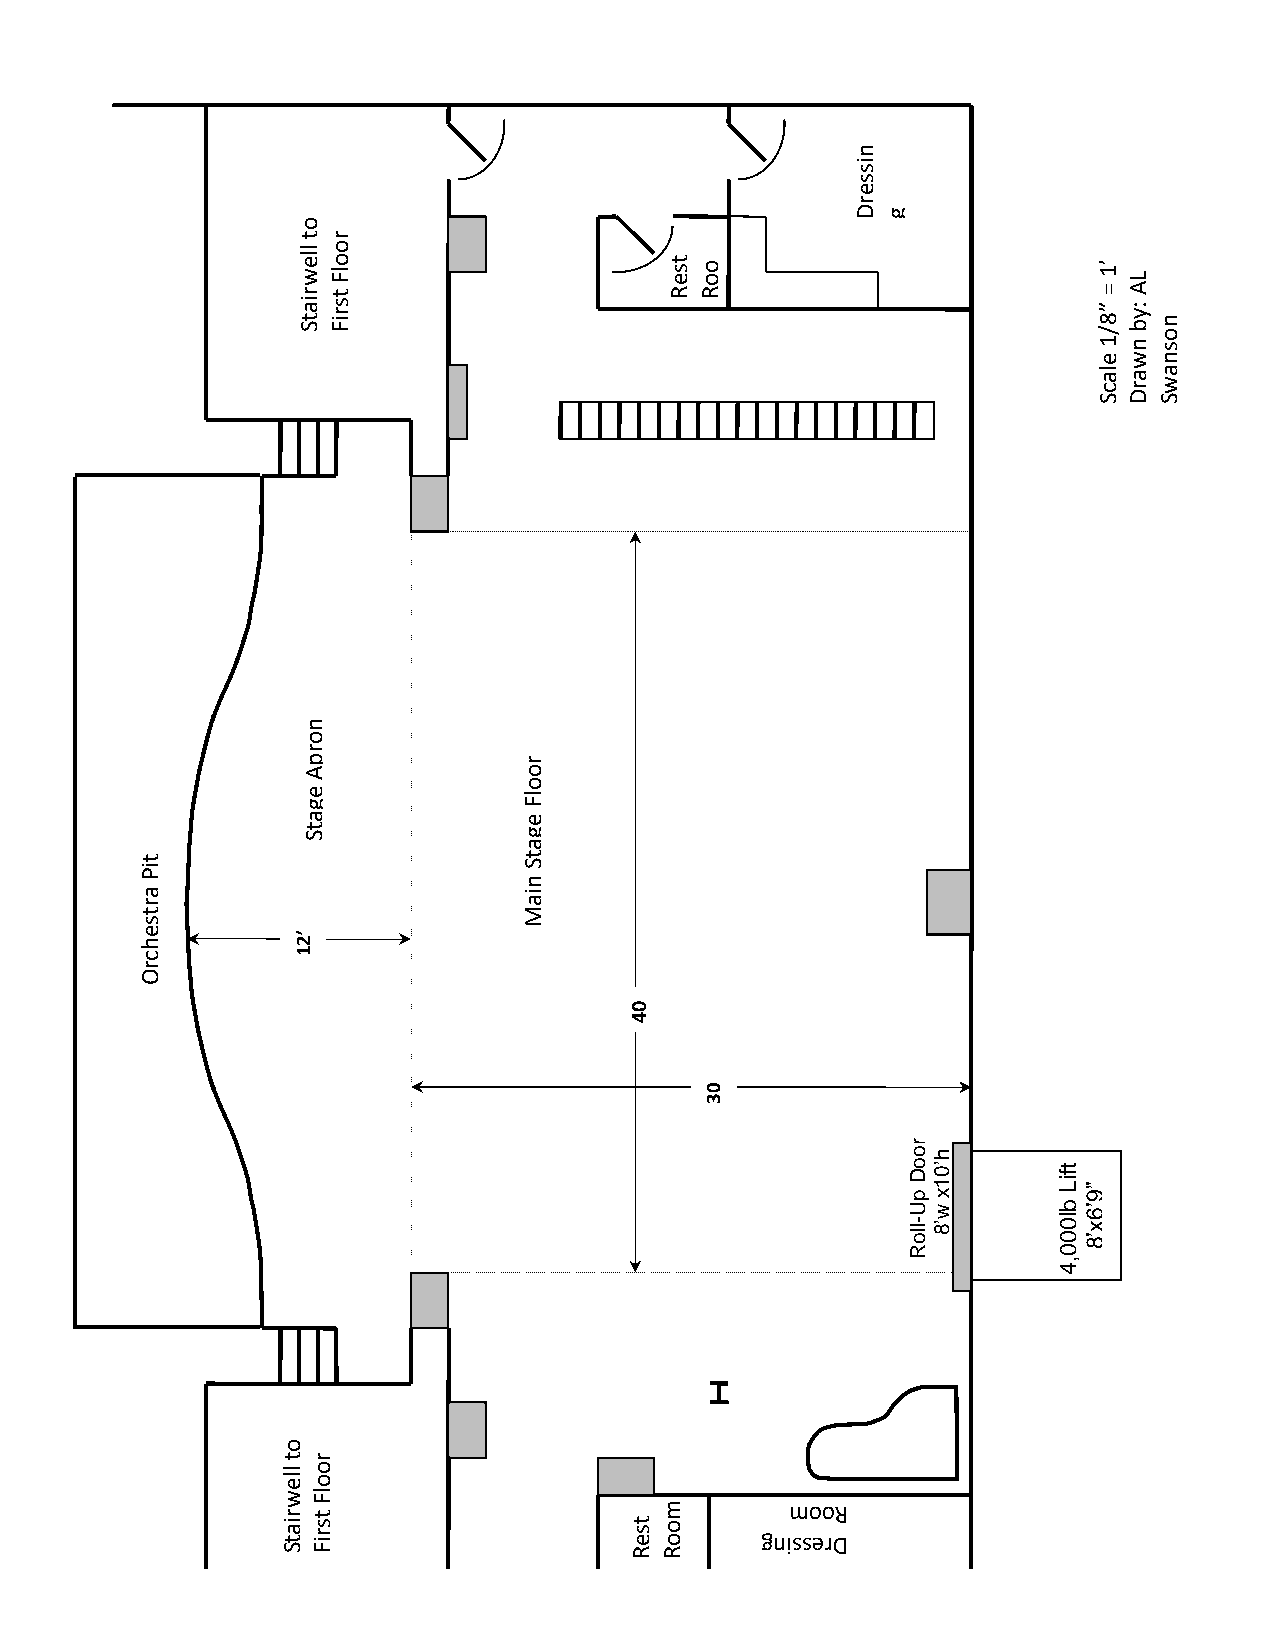
n
 is  m
 s
 e   o
 o
 r
 D
 go
 R                 9
 0
 t r                                                        0
 lle
 w r ia
 t S
 o
 t so
 r
 il FF                 t s e Ro o Rm
 e” 8
 /’ 11 =
 n
 w:L yA
 b n
 o
 s
 nh :c er a
 M
 62
 la ca ra wt
 a
 SDSD
 n
 o
 r
 p              r
 A              o
 e
 g
 o
 lF
 a              e
 t S            g
 a
 a
 rt iP
 n
 iat S
 t                         M
 s
 e
 h
 ’2
 c          1
 r
 O
 0
 4 ’
 0
 3 ’
 r
 o
 o D
 h
 ’0      t f
 llp
 o
 RU
 -
 w
 1
 ’8
 x
 b
 l0
 0
 0
 ,iL ”
 9
 ’6
 x
 ’8
 4
 o
 t r
 lle o
 o
 wlF
 r ia t St s r iF       t s e
 Rm
 o o
 R
 gn
 im sso eo rDR